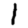
Digit: 1